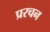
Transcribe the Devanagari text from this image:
प्ररचन